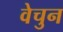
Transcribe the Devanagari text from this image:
वेचुन